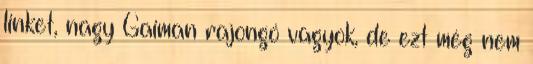
linket, nagy Gaiman rajongó vagyok, de ezt még nem